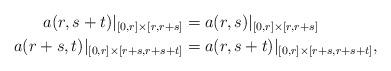
LaTeX: \begin{align*} a(r,s+t)|_{[0,r]\times [r, r+s]} & = a(r,s)|_{[0,r]\times [r, r+s]}\\ a(r+s,t)|_{[0,r]\times [r+s,r+s+t]} & = a(r,s+t)|_{[0,r]\times [r+s,r+s+t]},\end{align*}